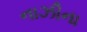
નાઝીના